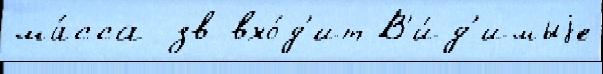
ма́сса зв вхо́д'ит В'и́д'имыjе